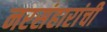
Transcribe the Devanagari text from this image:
नरसंहारांची